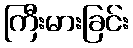
ကြီးမားခြင်း